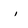
Character: i